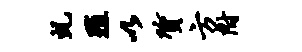
虬殖以质方附